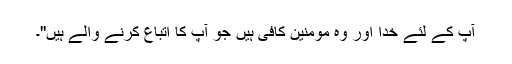
آپ کے لئے خدا اور وہ مومنین کافی ہیں جو آپ کا اتباع کرنے والے ہیں''۔